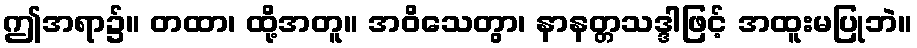
ဤအရာ၌။ တထာ၊ ထို့အတူ။ အဝိသေတွာ၊ နာနတ္တသဒ္ဒါဖြင့် အထူးမပြုဘဲ။